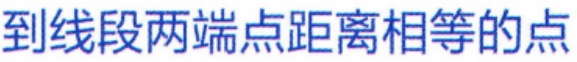
到线段两端点距离相等的点